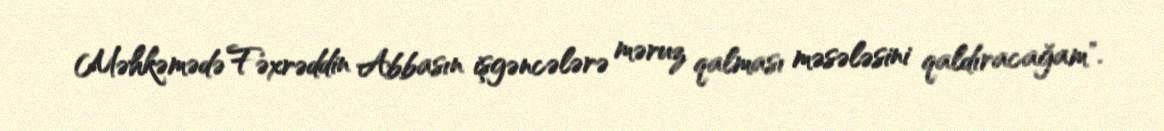
Məhkəmədə Fəxrəddin Abbasın işgəncələrə məruz qalması məsələsini qaldıracağam".